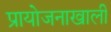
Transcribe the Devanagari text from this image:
प्रायोजनाखाली